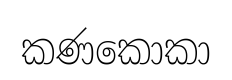
කණකොකා